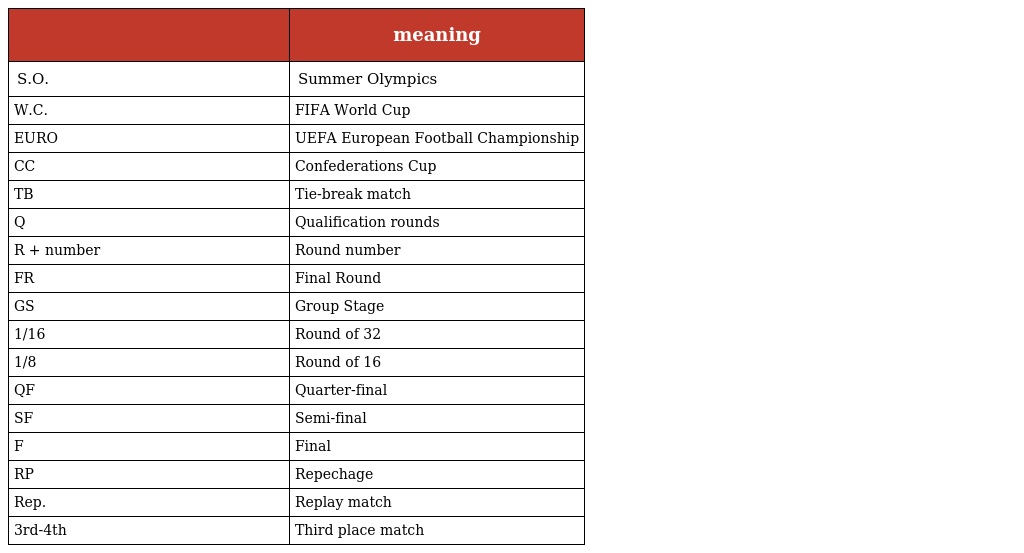
|  | meaning |
 | --- | --- |
 | S.O. | Summer Olympics |
 | W.C. | FIFA World Cup |
 | EURO | UEFA European Football Championship |
 | CC | Confederations Cup |
 | TB | Tie-break match |
 | Q | Qualification rounds |
 | R + number | Round number |
 | FR | Final Round |
 | GS | Group Stage |
 | 1/16 | Round of 32 |
 | 1/8 | Round of 16 |
 | QF | Quarter-final |
 | SF | Semi-final |
 | F | Final |
 | RP | Repechage |
 | Rep. | Replay match |
 | 3rd-4th | Third place match |